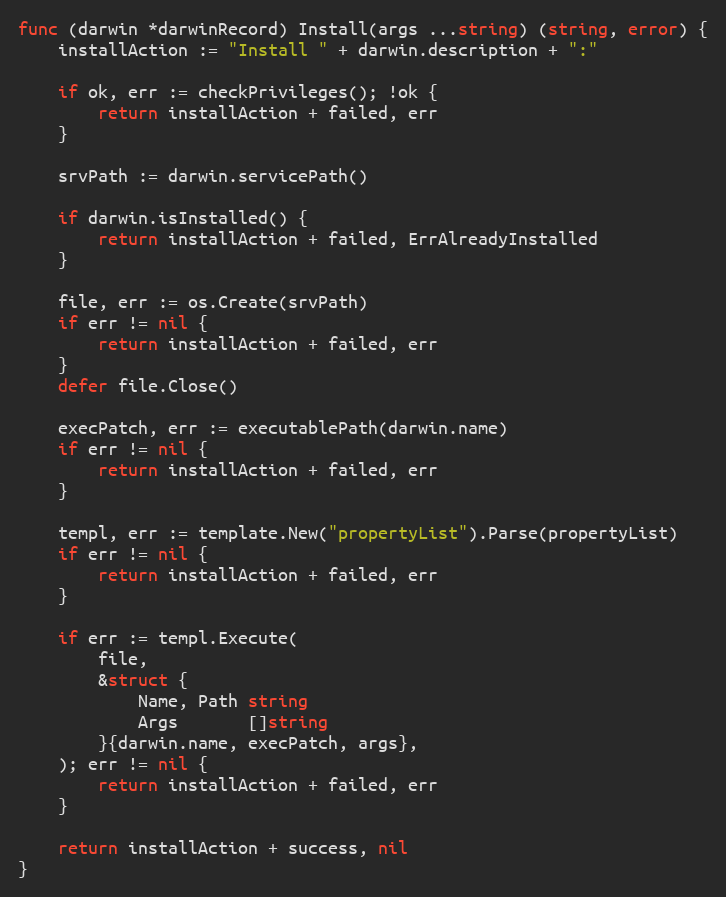
Language: Go
func (darwin *darwinRecord) Install(args ...string) (string, error) {
	installAction := "Install " + darwin.description + ":"

	if ok, err := checkPrivileges(); !ok {
		return installAction + failed, err
	}

	srvPath := darwin.servicePath()

	if darwin.isInstalled() {
		return installAction + failed, ErrAlreadyInstalled
	}

	file, err := os.Create(srvPath)
	if err != nil {
		return installAction + failed, err
	}
	defer file.Close()

	execPatch, err := executablePath(darwin.name)
	if err != nil {
		return installAction + failed, err
	}

	templ, err := template.New("propertyList").Parse(propertyList)
	if err != nil {
		return installAction + failed, err
	}

	if err := templ.Execute(
		file,
		&struct {
			Name, Path string
			Args       []string
		}{darwin.name, execPatch, args},
	); err != nil {
		return installAction + failed, err
	}

	return installAction + success, nil
}